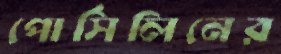
পোর্সিলিনের